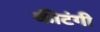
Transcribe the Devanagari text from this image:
कीटंगी